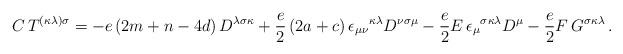
LaTeX: \begin{align*}C\,T^{(\kappa \lambda )\sigma }=-e\left( 2m+n-4d\right)D^{\lambda \sigma \kappa }+\frac{e}{2}\left( 2a+c\right) \epsilon_{\mu \nu }{}^{\kappa \lambda }D^{\nu \sigma \mu}-\frac{e}{2}E\,\epsilon _{\mu }{}^{\sigma \kappa \lambda }D^{\mu}-\frac{e}{2}F\,G^{\sigma \kappa \lambda }\,. \end{align*}